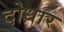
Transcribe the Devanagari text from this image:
दोधार